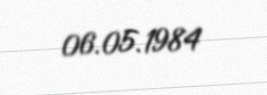
06.05.1984